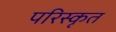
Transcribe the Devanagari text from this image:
परिस्‍कृत